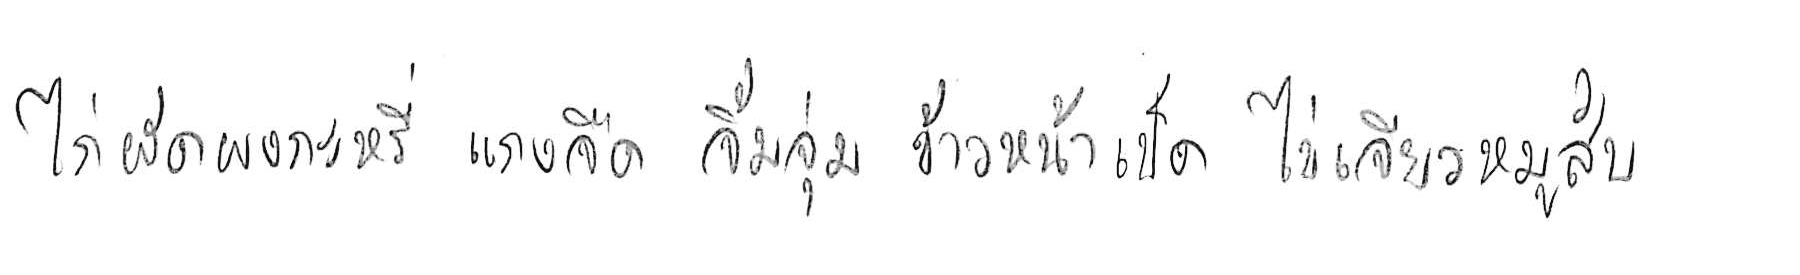
ไก่ผัดผงกะหรี่ แกงจืด จิ้มจุ่ม ข้าวหน้าเป็ด ไข่เจียวหมูสับ